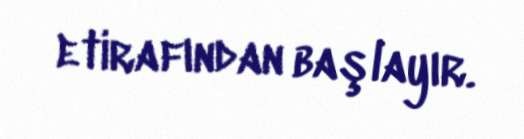
etirafından başlayır.